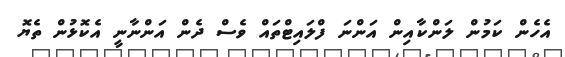
އެހެން ކަމުން ލަންކާއިން އަންނަ ފްލައިޓްތައް ވެސް ދެން އަންނާނީ އެކޮޅުން ތެޔޮ